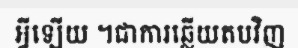
អ្វីឡើយ ។ជាការឆ្លើយតបវិញ